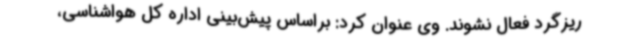
ریزگرد فعال نشوند. وی عنوان کرد: براساس پیش‌بینی اداره کل هواشناسی،